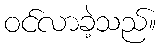
ဝင်လာခဲ့သည်။